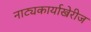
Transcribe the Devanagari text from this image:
नाट्यकार्याखेरीज